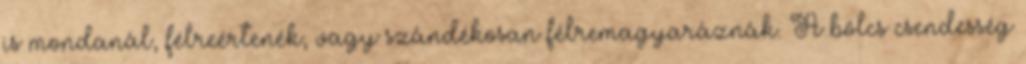
is mondanál, félreértenék, vagy szándékosan félremagyaráznák. A bölcs csendesség